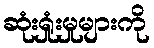
ဆုံးရှုံးမှုများကို